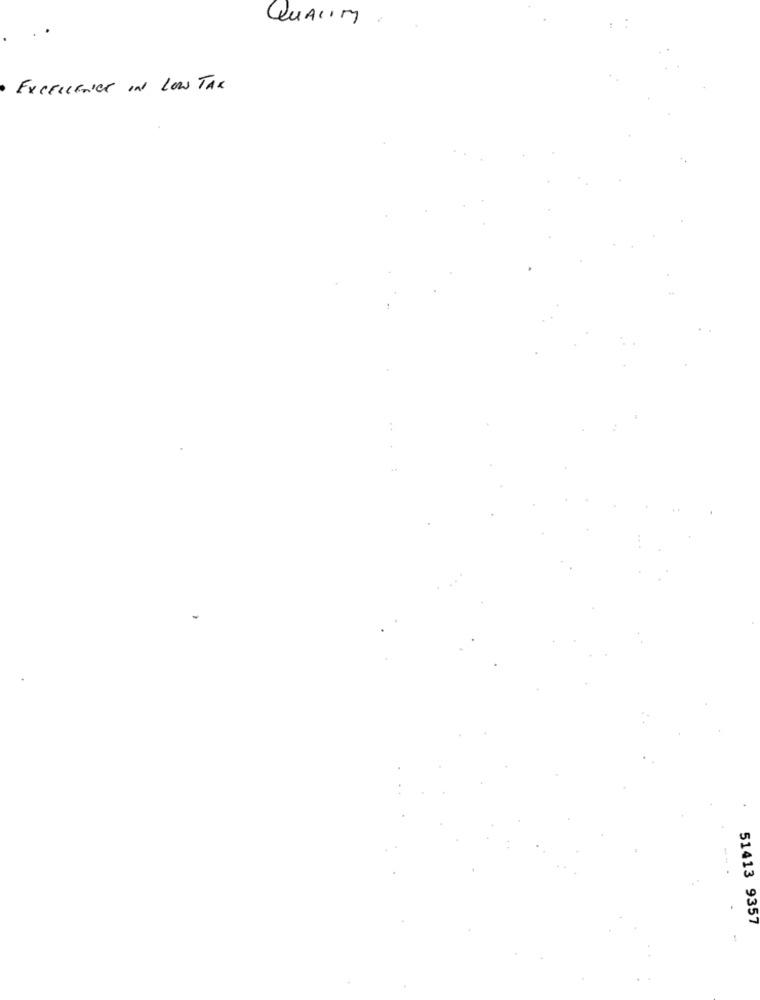
QUALIM
EXCELLENCE IN Low TAX
51413 9357